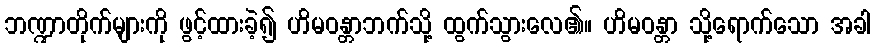
ဘဏ္ဍာတိုက်များကို ဖွင့်ထားခဲ့၍ ဟိမဝန္တာဘက်သို့ ထွက်သွားလေ၏။ ဟိမဝန္တာ သို့ရောက်သော အခါ